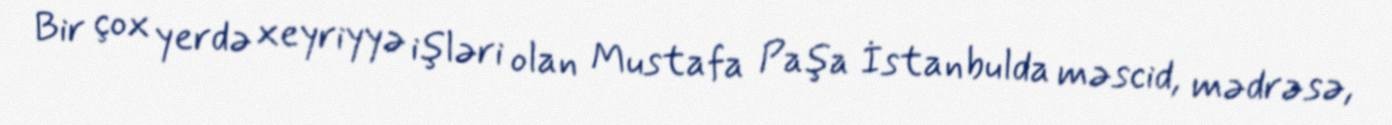
Bir çox yerdə xeyriyyə işləri olan Mustafa Paşa İstanbulda məscid, mədrəsə,